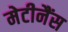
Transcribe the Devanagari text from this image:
मेटीनैंस